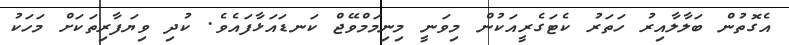
އެގޮތުން ބަލާލާއިރު ހަތަރު ކެޓަގެރީއަކުން މިވަނީ މިނިމަމްވޭޖް ކަނޑައަޅާފައެވެ. ކުދި ވިޔަފާރިތަކަށް މަހަކު